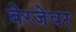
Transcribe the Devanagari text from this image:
बेरजेवर